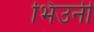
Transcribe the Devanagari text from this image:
भिउनी